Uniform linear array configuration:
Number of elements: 12
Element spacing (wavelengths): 0.25
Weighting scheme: hann
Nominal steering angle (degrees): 15
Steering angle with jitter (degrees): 16.654
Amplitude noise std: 0.05
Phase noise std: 0.05

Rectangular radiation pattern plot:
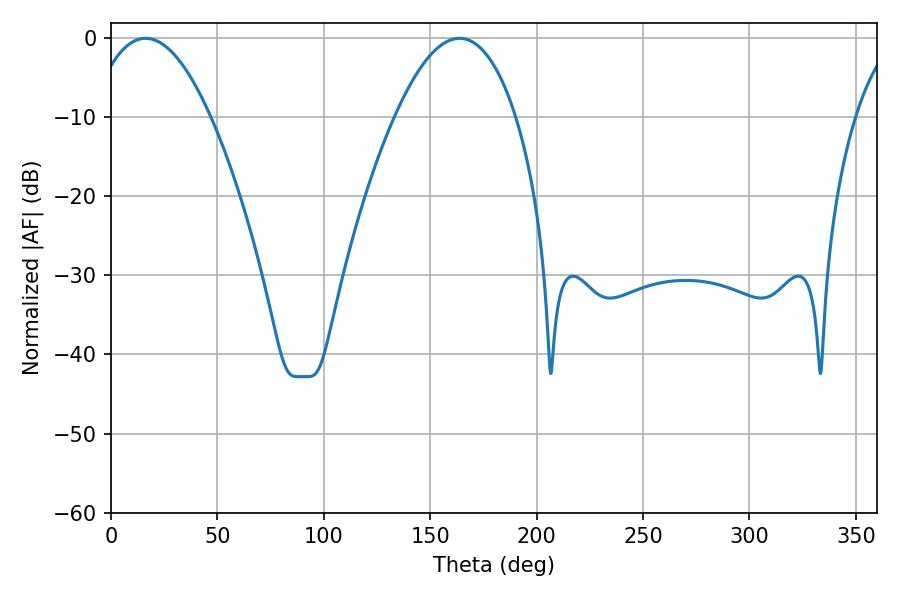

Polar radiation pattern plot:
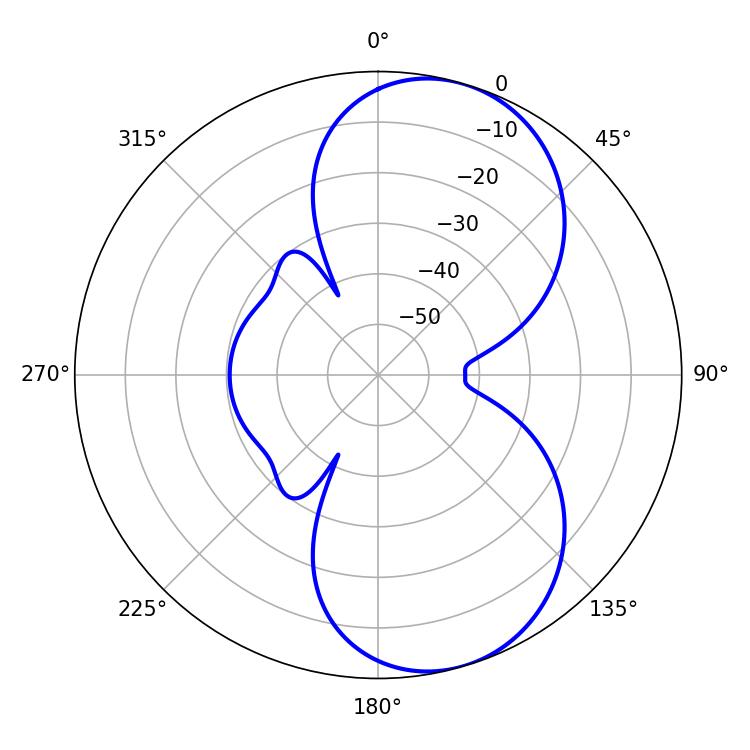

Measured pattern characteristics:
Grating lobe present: FALSE
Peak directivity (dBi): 7.656
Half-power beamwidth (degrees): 31.5
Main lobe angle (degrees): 16.2